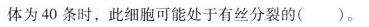
体为40条时，此细胞可能处于有丝分裂的( )。